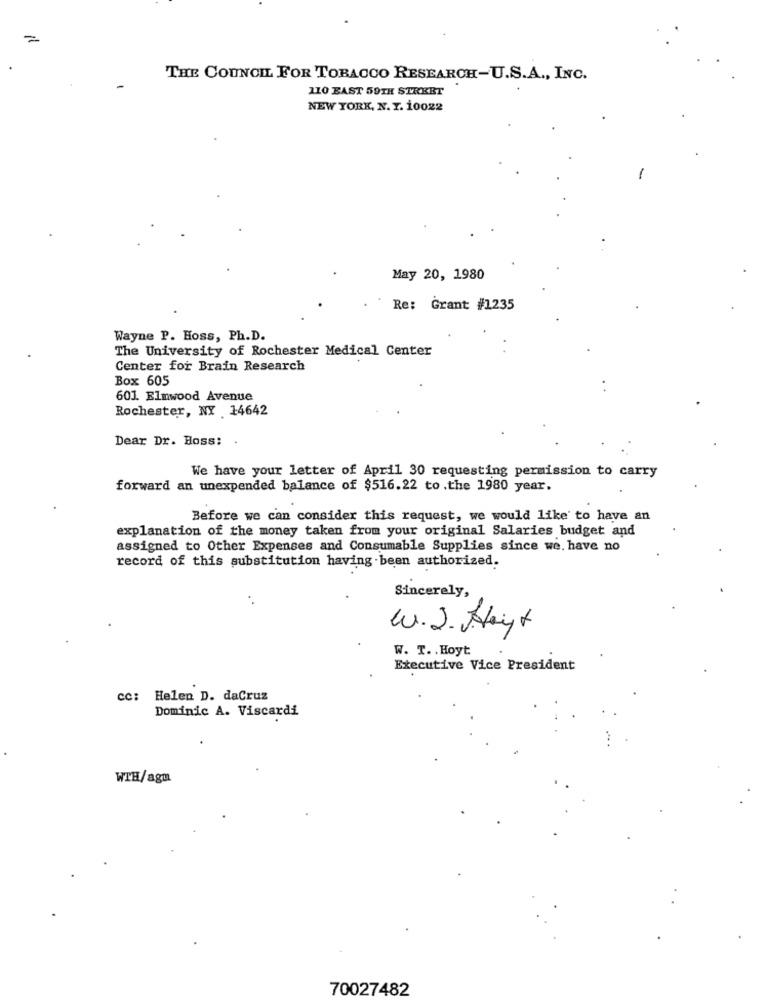
=
THE COUNCIL FOR TOBACCO RESEARCH-U.S.A ., INC.
110 EAST 59TH STREET
NEW YORK, N. T. 10022
May 20, 1980
Re: Grant: #1235
Wayne P. Hoss, Ph.D.
The University of Rochester Medical Center
Center for Brain Research
Box 605
601. Elmwood Avenue
Rochester, NY 14642
Dear Dr. Boss:
We have your letter of April 30 requesting permission to carry
forward an unexpended balance of $516.22 to .the 1980 year.
Before we can consider this request, we would like' to have an
explanation of the money taken from your original Salaries budget and
assigned to Other Expenses and Consumable Supplies since we. have no
record of this substitution having been authorized.
Sincerely,
W.J. Hayt
W. T. . Hoyt
Executive Vice President
cc: Helen D. daCruz
Dominic A. Viscardi
WTH/agu
70027482